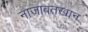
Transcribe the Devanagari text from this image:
नाजाबतखान